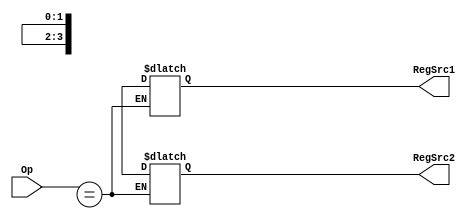
module reg_control(RegSrc1, RegSrc2, Op);
	input [3:0] Op;
	output [1:0] RegSrc1, RegSrc2;
	reg [1:0] RegSrc1, RegSrc2;

	always @(Op) begin
		if(Op==4'bxxx) begin
			RegSrc1 = 2'bxx;
			RegSrc2 = 2'bxx;
		end
	end
endmodule